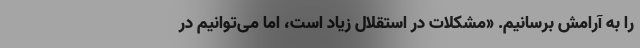
را به آرامش برسانیم. «مشکلات در استقلال زیاد است، اما می‌توانیم در